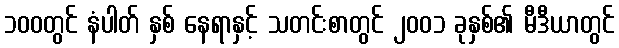
၁၀၀တွင် နံပါတ် နှစ် နေရာနှင့် သတင်းစာတွင် ၂၀၀၁ ခုနှစ်၏ မီဒီယာတွင်